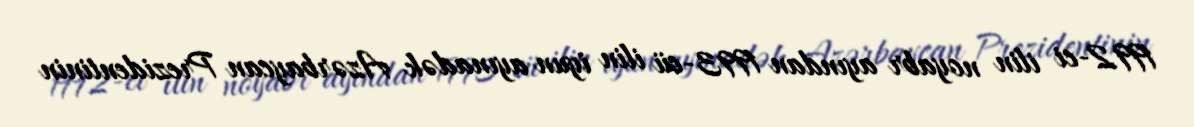
1992-ci ilin noyabr ayından 1993-cü ilin iyun ayınadək Azərbaycan Prezidentinin